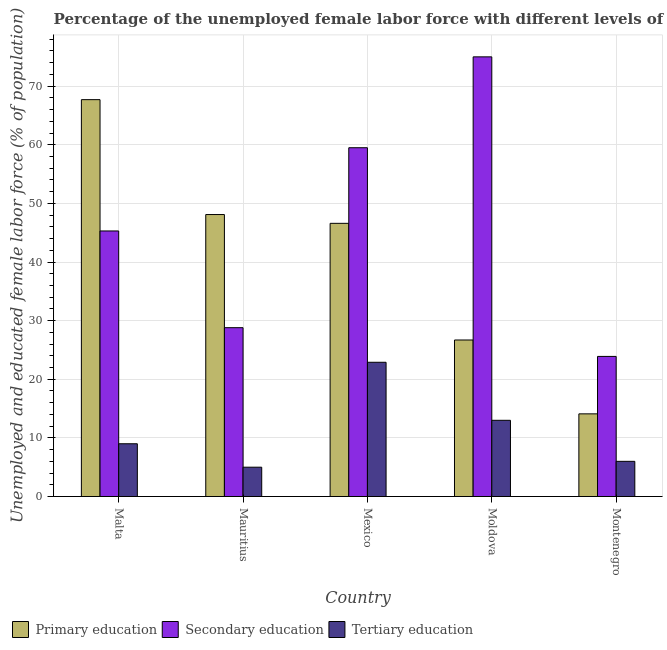
| Country | Primary education | Secondary education | Tertiary education |
 | --- | --- | --- | --- |
 | Malta | 67.7 | 45.3 | 9 |
 | Mauritius | 48.1 | 28.8 | 5 |
 | Mexico | 46.6 | 59.5 | 22.9 |
 | Moldova | 26.7 | 75 | 13 |
 | Montenegro | 14.1 | 23.9 | 6 |